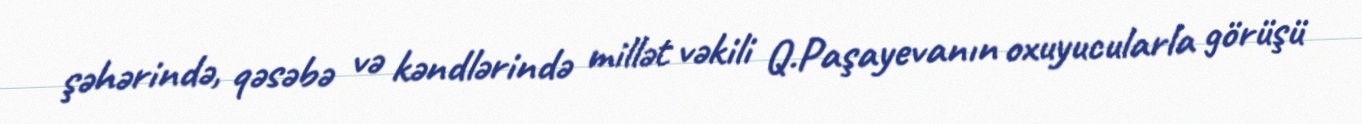
şəhərində, qəsəbə və kəndlərində millət vəkili Q.Paşayevanın oxuyucularla görüşü